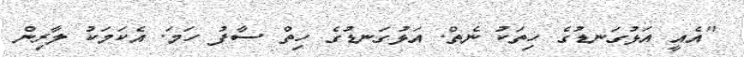
"އެއީ އަޅުގަނޑުގެ ހިތަކު ނެތް. އަޅުގަނޑުގެ ހިތް ސާފު ހަމަ. އެކަމަކު ލާރިން